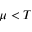
\mu < T